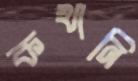
কখানি